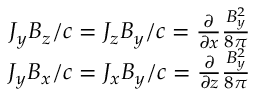
\begin{array} { r } { J _ { y } B _ { z } / c = J _ { z } B _ { y } / c = \frac { \partial } { \partial x } \frac { B _ { y } ^ { 2 } } { 8 \pi } } \\ { J _ { y } B _ { x } / c = J _ { x } B _ { y } / c = \frac { \partial } { \partial z } \frac { B _ { y } ^ { 2 } } { 8 \pi } } \end{array}